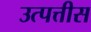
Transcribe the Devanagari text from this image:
उत्पत्तीस